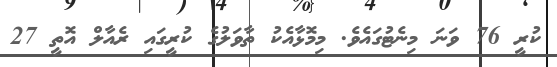
ކުރީ 76 ވަނަ މިނެޓުގައެވެ. މިމޮޅާއެކު ތާވަލުގެ ކުރީގައި ރެއާލް އޮތީ 27